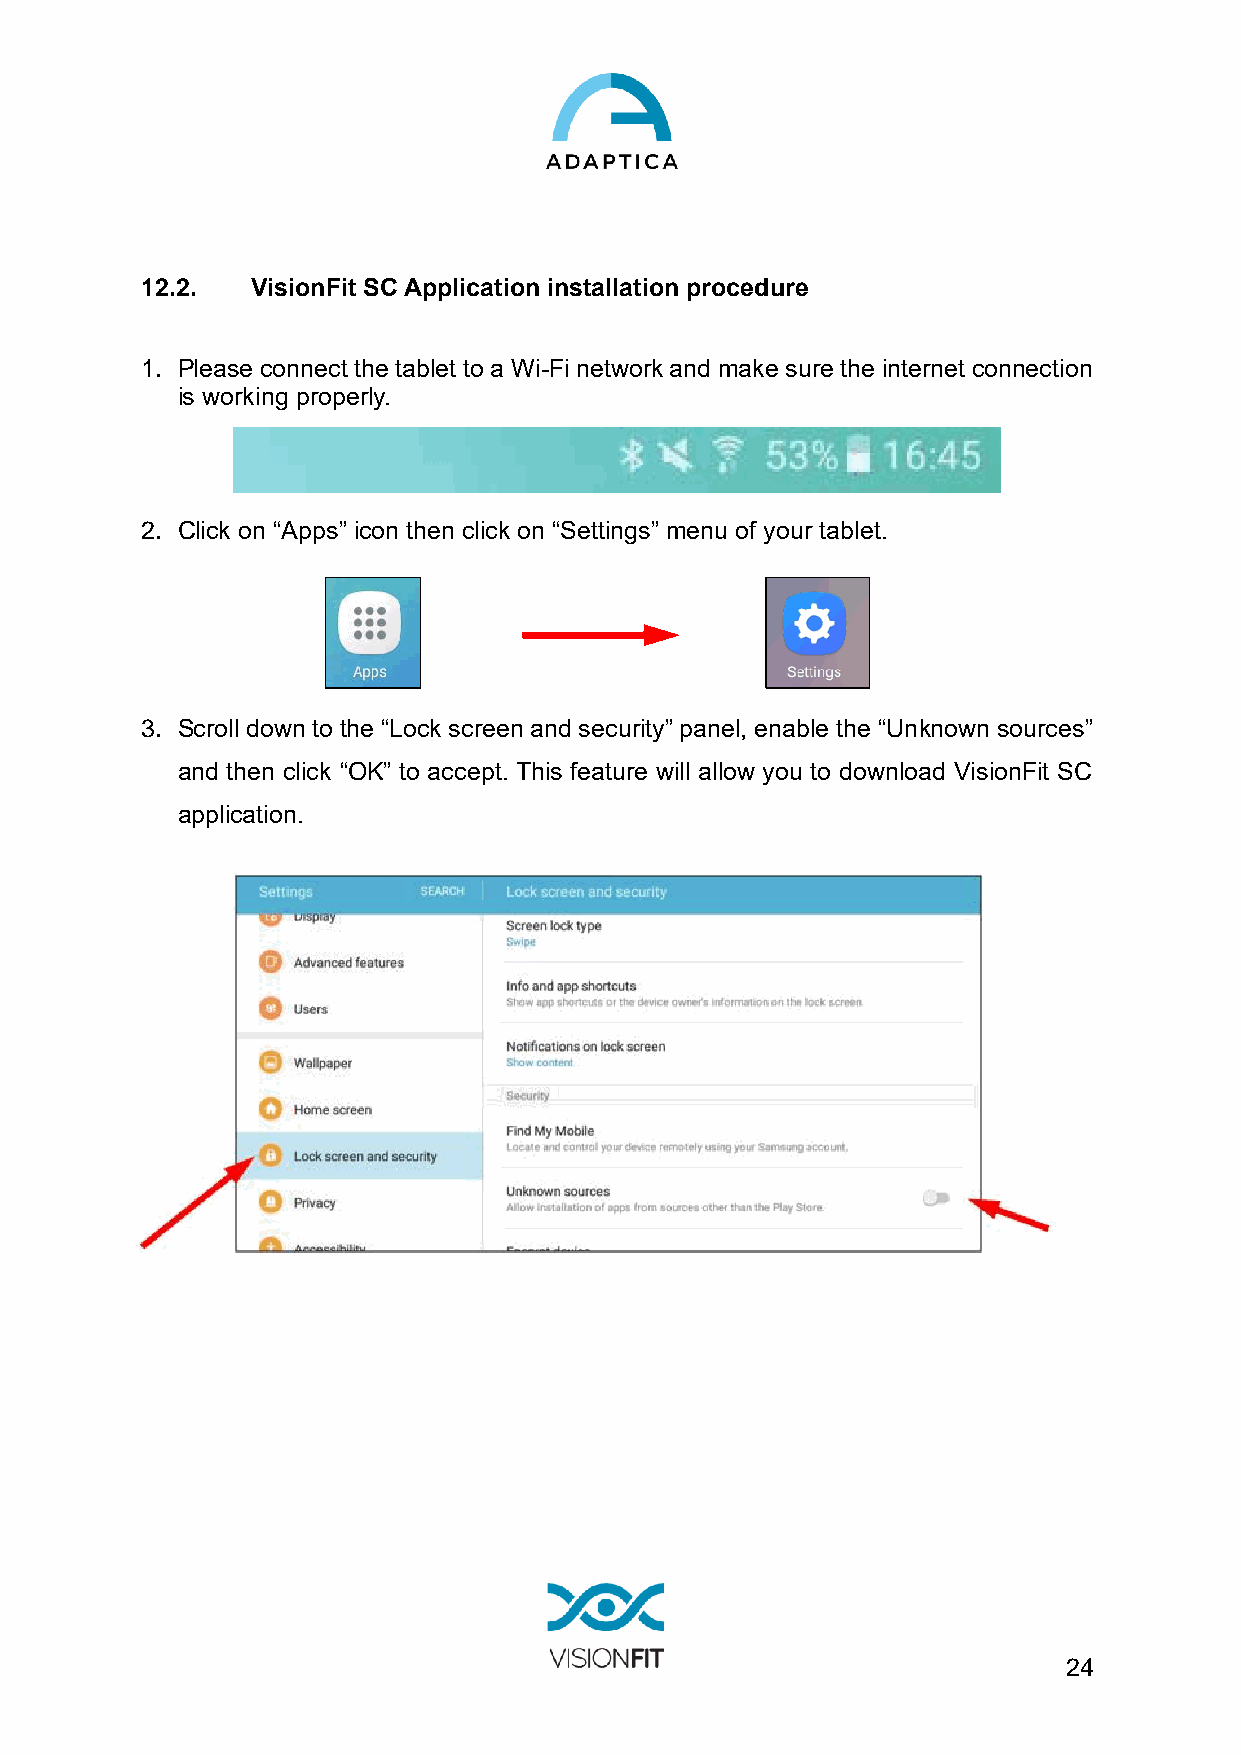
12.2.   VisionFit SC Application installation procedure
 1. Please connect the tablet to a Wi-Fi network and make sure the internet connection
 is working properly.
 2. Click on “Apps” icon then click on “Settings” menu of your tablet.
 3. Scroll down to the “Lock screen and security” panel, enable the “Unknown sources”
 and then click “OK” to accept. This feature will allow you to download VisionFit SC
 application.
 24